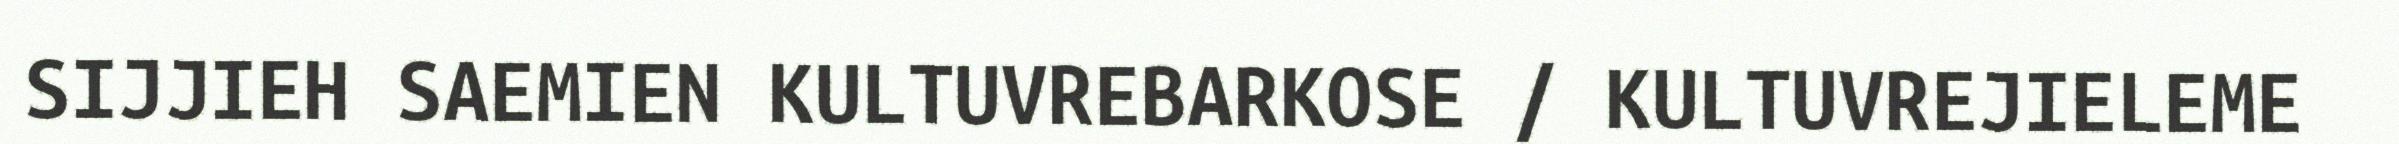
SIJJIEH SAEMIEN KULTUVREBARKOSE / KULTUVREJIELEME